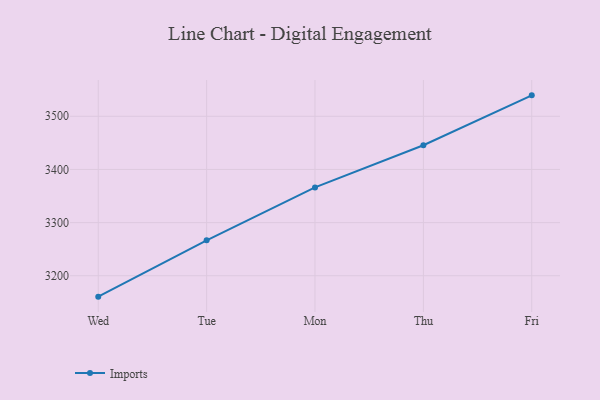
{"axis": {"x": "Day", "y": "Revenue (USD Million)"}, "legend": ["Imports"], "data": [{"x": "Wed", "y": 3160.7, "type": "Imports"}, {"x": "Tue", "y": 3266.7, "type": "Imports"}, {"x": "Mon", "y": 3366.2, "type": "Imports"}, {"x": "Thu", "y": 3445.5, "type": "Imports"}, {"x": "Fri", "y": 3539.4, "type": "Imports"}]}